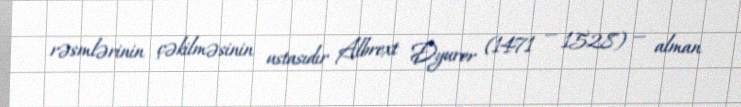
rəsmlərinin çəkilməsinin ustasıdır Albrext Dyurer (1471 — 1528) — alman